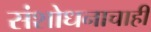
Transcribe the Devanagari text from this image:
संशोधनाचाही